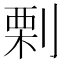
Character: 𠞉